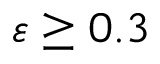
\varepsilon \geq 0 . 3